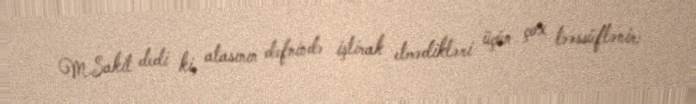
M.Sakit dedi ki, atasının dəfnində iştirak etmədikləri üçün çox təəssüflənir: